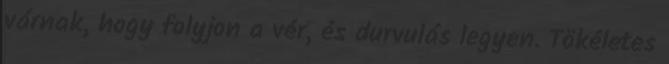
várnak, hogy folyjon a vér, és durvulás legyen. Tökéletes